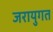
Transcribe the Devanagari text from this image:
जरायुगत